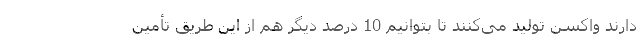
دارند واکسن تولید می‌کنند تا بتوانیم 10 درصد دیگر هم از این طریق تأمین